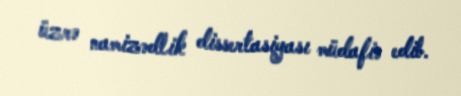
üzrə namizədlik dissertasiyası müdafiə edib.